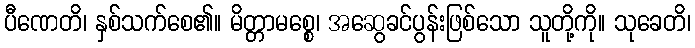
ပီဏေတိ၊ နှစ်သက်စေ၏။ မိတ္တာမစ္စေ၊ အဆွေခင်ပွန်းဖြစ်သော သူတို့ကို။ သုခေတိ၊